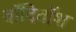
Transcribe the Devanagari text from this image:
वाँदिवॉश